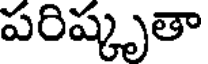
పరిష్కృతా